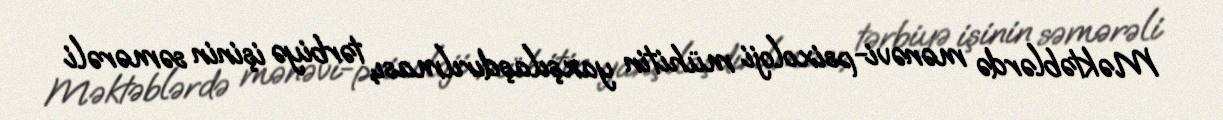
Məktəblərdə mənəvi-psixoloji mühitin yaxşılaşdırılması, tərbiyə işinin səmərəli